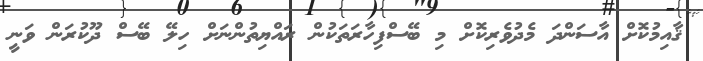
ޤާއިމުކޮށް އާސަންދަ މެދުވެރިކޮށް މި ބޭސްފިހާރަތަކުން ރައްޔިތުންނަށް ހިލޭ ބޭސް ދޫކުރަން ވަނީ